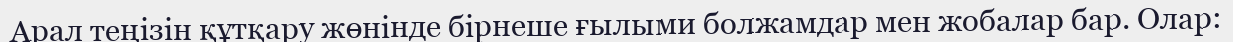
Арал теңізін құтқару жөнінде бірнеше ғылыми болжамдар мен жобалар бар. Олар: